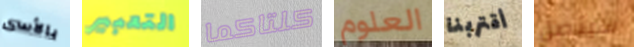
بالأسى التعبير كلتاكما العلوم أقتربنا سيتصل